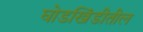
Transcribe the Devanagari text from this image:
घोडखिंडीतील